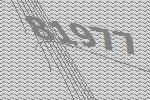
81977